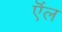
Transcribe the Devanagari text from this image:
ऎंल